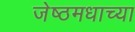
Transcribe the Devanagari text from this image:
जेष्ठमधाच्या